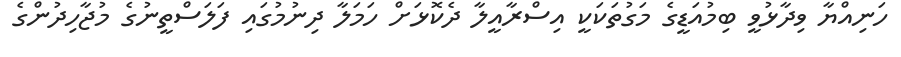
ހަނިއްޔާ ވިދާޅުވީ ބިމުއަޑީގެ މަގުތަކަކީ އިސްރާއީލާ ދެކޮޅަށް ހަމަލާ ދިނުމުގައި ފަލަސްތީނުގެ މުޖާހިދުންގެ